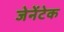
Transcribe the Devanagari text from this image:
जेनेंटेक